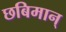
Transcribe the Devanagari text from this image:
छबिमान्